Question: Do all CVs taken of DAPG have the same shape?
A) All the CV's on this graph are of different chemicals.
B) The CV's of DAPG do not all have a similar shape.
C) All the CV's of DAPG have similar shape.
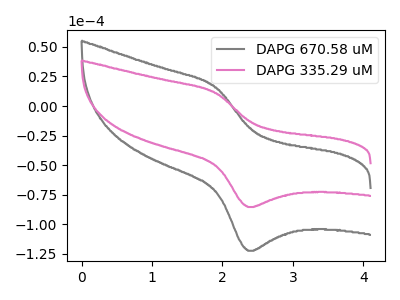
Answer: <think>The gray curve "DAPG 670.58 uM" has an anodic peak at (1.90V, 15.60uA) and a cathodic peak at (2.35V, -122.55uA). The pink curve "DAPG 335.29 uM" has an anodic peak at (1.90V, 10.90uA) and a cathodic peak at (2.35V, -85.50uA).
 All the peaks in "DAPG 670.58 uM" have a peak in "DAPG 335.29 uM" at the same potential. Every peak in "DAPG 670.58 uM" is higher than every peak in "DAPG 335.29 uM".</think>
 <answer>C) All the CV's of "DAPG" have similar shape.</answer>
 <eval>C</eval>